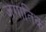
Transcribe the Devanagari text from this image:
जगातिक